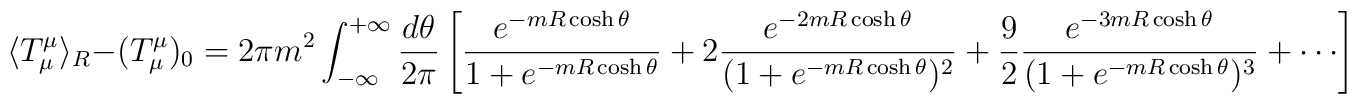
\langle T^\mu_\mu \rangle_R - (T_\mu^\mu)_0 = 2\pi m^2\int_{-\infty}^{+\infty}\frac{d\theta}{2\pi} \left[\frac{e^{-m R \cosh\theta}}{1+ e^{-mR \cosh\theta}} +2 \frac{e^{-2 m R \cosh\theta}}{(1+e^{-m R \cosh\theta})^2} +\frac{9}{2} \frac{e^{-3 m R \cosh\theta}}{(1+e^{-m R \cosh\theta})^3} +\cdots \right]\,\,\, ,